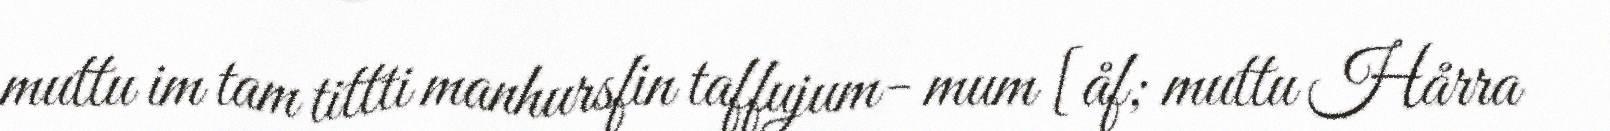
muttu im tam tittti manhursfin taffujum- mum [åf; muttu Hårra